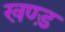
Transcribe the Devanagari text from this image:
खण्ड़